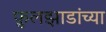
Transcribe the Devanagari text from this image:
फ़ुलझाडांच्या